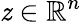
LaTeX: \mathit{z}\in\mathbb{{R}}^{n}